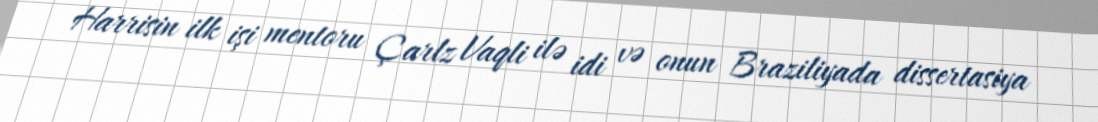
Harrisin ilk işi mentoru Çarlz Vaqli ilə idi və onun Braziliyada dissertasiya